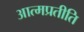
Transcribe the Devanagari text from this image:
आत्मप्रतीति